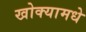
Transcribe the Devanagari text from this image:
खोक्यामधे